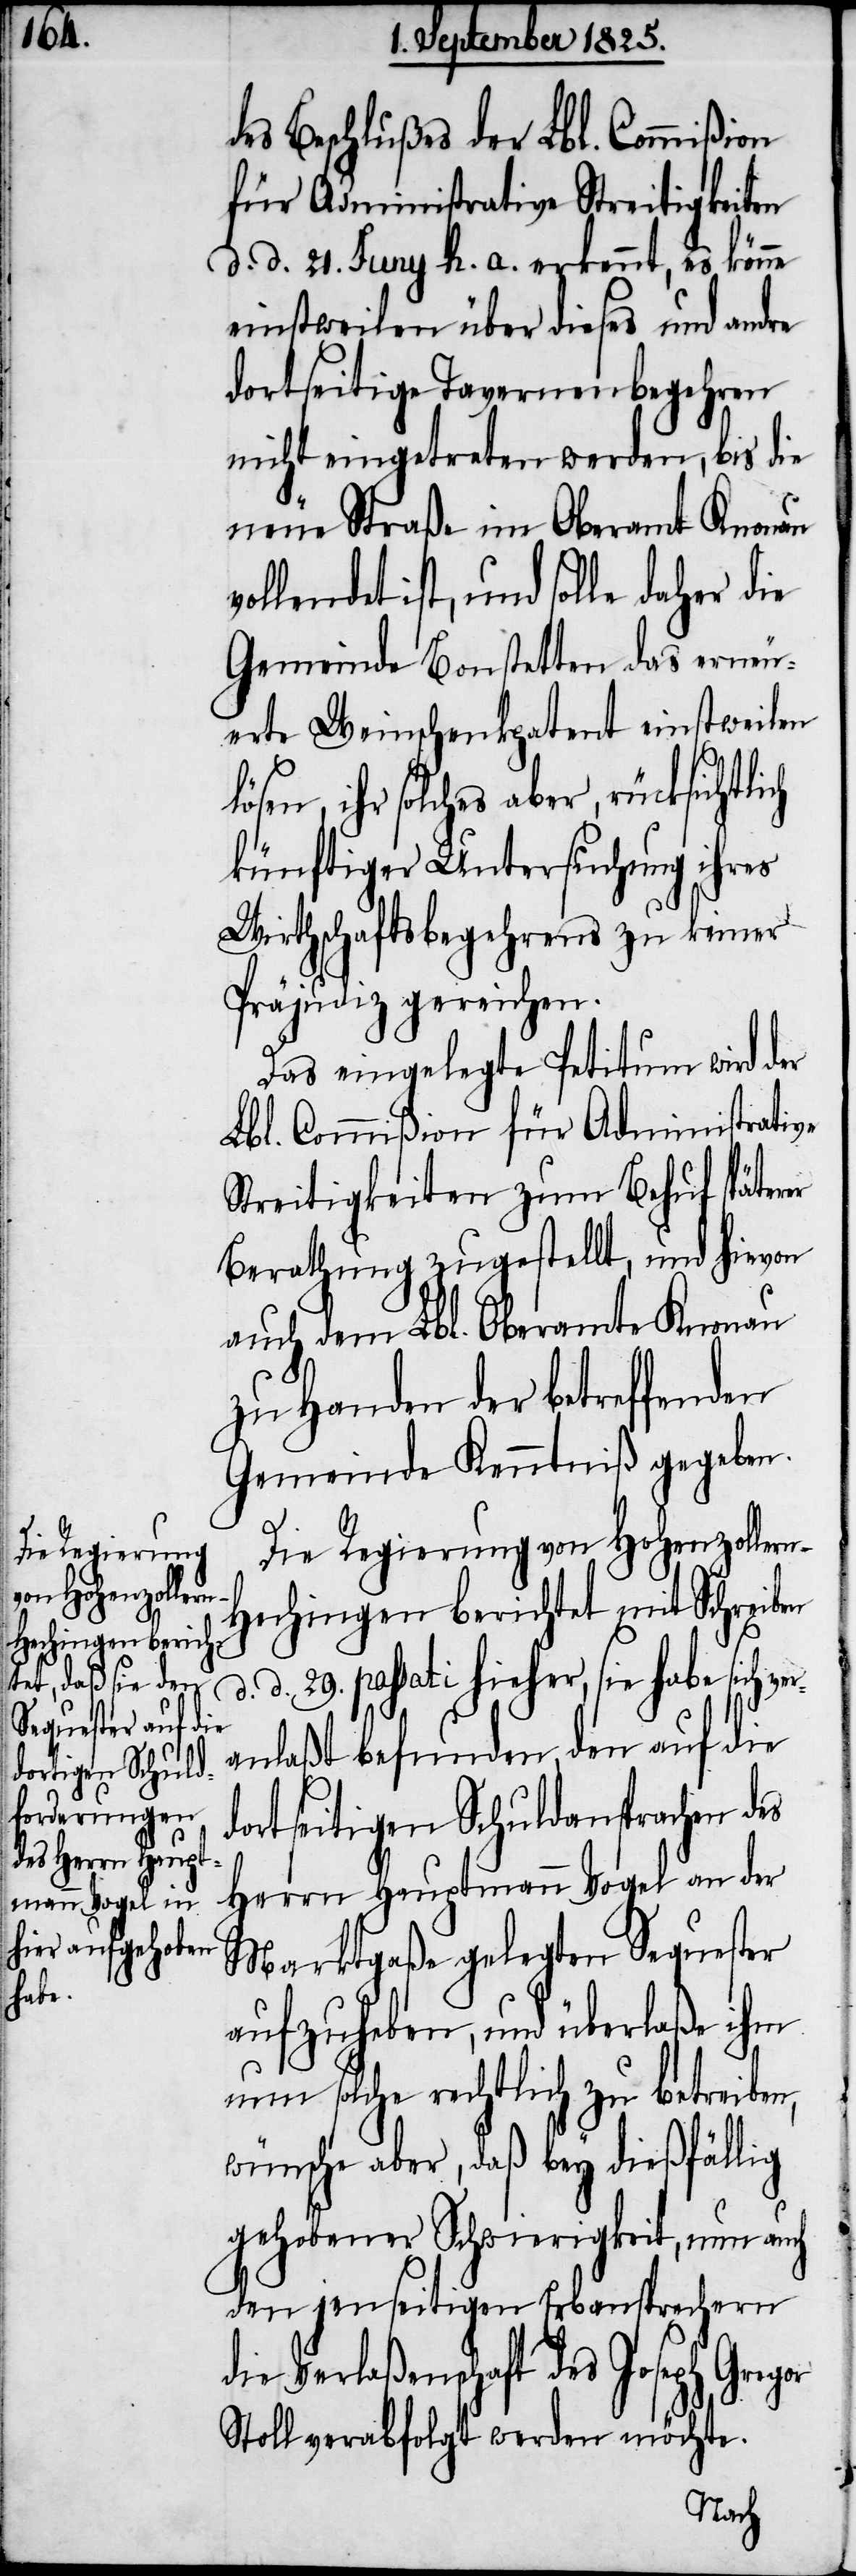
des Beschlußes der Lbl. Commißion
für Administrative Streitigkeiten
d. d. 21. Juny h. a. erkennt, es könne
einstweilen über dieses und andre
dortseitige Tavernenbegehren
nicht eingetreten werden, bis die
neue Straße im Oberamt Knonau v¬
ollendet ist, und solle daher die
Gemeinde Bonstetten das erneu¬
erte Weinschenkpatent einstweilen
lösen, ihr solches aber, rücksichtlich
künftiger Untersuchung ihres
Wirthschaftsbegehrens zu keiner
Präjudiz gereichen.
Das eingelegte Petitum wird der
Lbl. Commißion für Administrative
Streitigkeiten zum Behuf späterer
Berathung zugestellt, und hievon
auch dem Lbl. Oberamte Knonau
zu Handen der betreffenden
Gemeinde Kenntniß gegeben.
Die Regierung von Hohenzollern-H¬
echingen berichtet mit Scheiben
d. 29. passati hieher, sie habe sich v¬
eranlaßt befunden, den auf die
dortseitigen Schuldansprachen des
Herrn Hauptmann Vogel an der
Marktgaße gelegten Sequester
aufzuheben, und überlaße ihm
um solche rechtlich zu betreiben,
wünsche aber, daß bey dießfällig
gehobener Schwierigkeit, nun auch
den jenseitigen Erbansprechern
die Verlaßenschaft des Joseph
Stoll verabfolgt werden möchte.